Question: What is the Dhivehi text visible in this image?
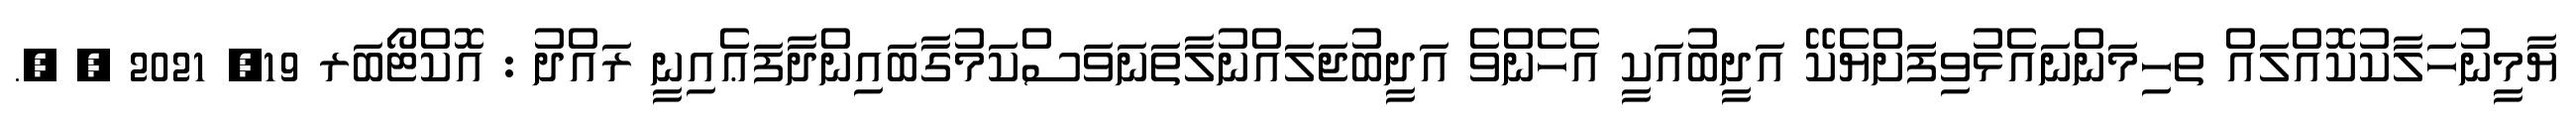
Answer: ޔާމީނުހަލާކުކޮއްލައް ތހިމަންނައެޅުވިފަަށްޔެކޭ އަދީބުއަކީ އެހެންވެ އަދީބުޖަލައްނުލާތަނަވަސްކަމުގާބައިންދާފަޢެއިނީ ރައްދު : އޮކްޓޯބަރ 19, 2021 , ,.